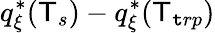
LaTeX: q_{\xi}^{*}(\mathsf{T}_{s})-q_{\xi}^{*}(\mathsf{T}_{\mathtt{t}rp})